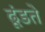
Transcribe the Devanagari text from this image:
ढूंडते